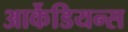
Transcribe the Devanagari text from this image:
आर्केडियन्स